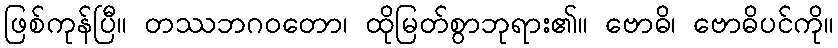
ဖြစ်ကုန်ပြီ။ တဿဘဂဝတော၊ ထိုမြတ်စွာဘုရား၏။ ဗောဓိ၊ ဗောဓိပင်ကို။